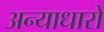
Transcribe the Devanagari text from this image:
अन्याधारों